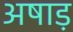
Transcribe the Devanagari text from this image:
अषाड़